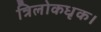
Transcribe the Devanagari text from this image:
त्रिलोकधृक।